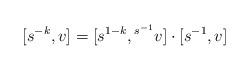
LaTeX: \begin{align*}[s^{-k},v] = [s^{1-k},{}^{s^{-1}}v]\cdot [s^{-1},v]\end{align*}